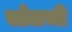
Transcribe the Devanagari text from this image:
सोलची